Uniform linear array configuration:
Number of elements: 48
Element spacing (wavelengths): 1
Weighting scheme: kaiser
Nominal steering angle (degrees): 60
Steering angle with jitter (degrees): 59.141
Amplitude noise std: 0.05
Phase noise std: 0.05

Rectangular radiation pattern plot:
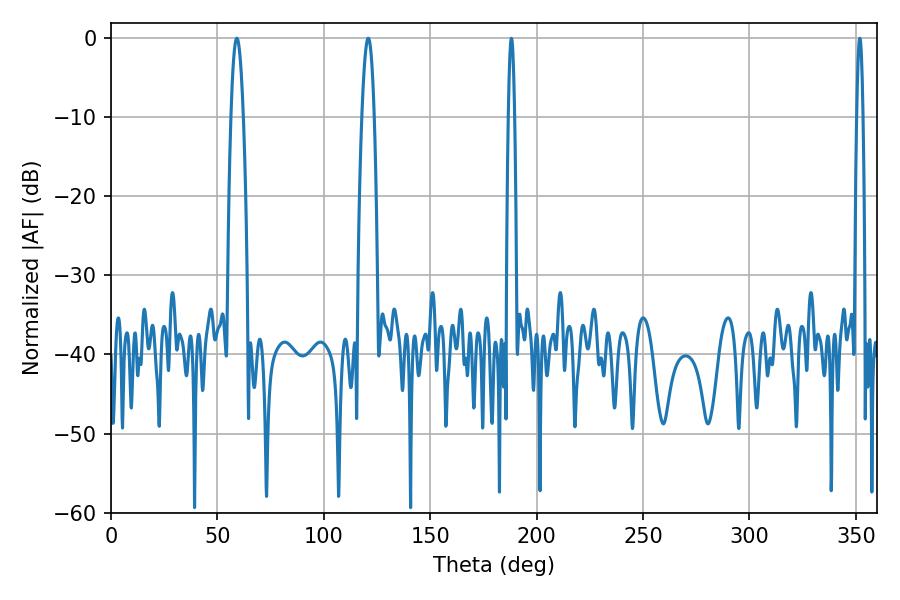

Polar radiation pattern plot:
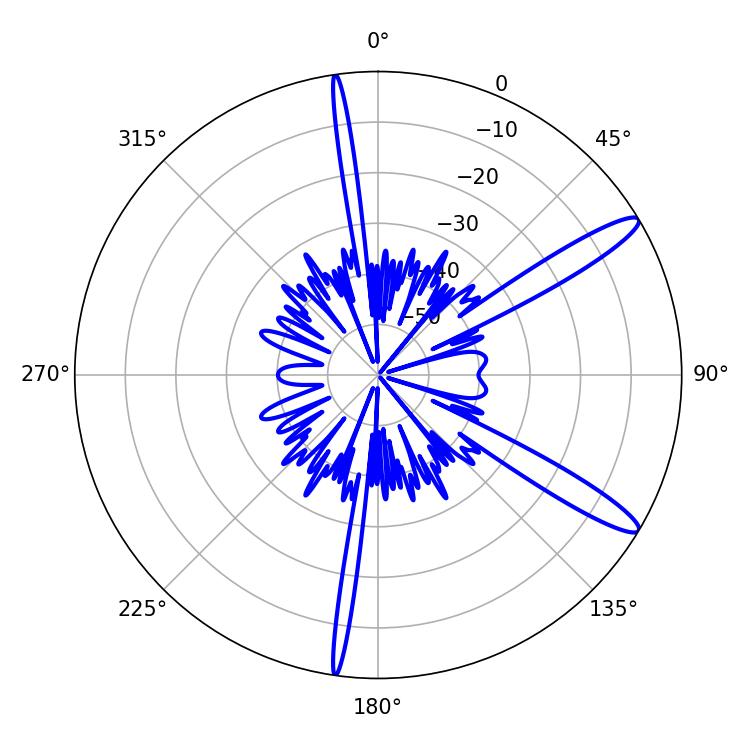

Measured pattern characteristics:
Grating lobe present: TRUE
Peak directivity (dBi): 13.209
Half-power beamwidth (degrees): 3.06
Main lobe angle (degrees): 59.04